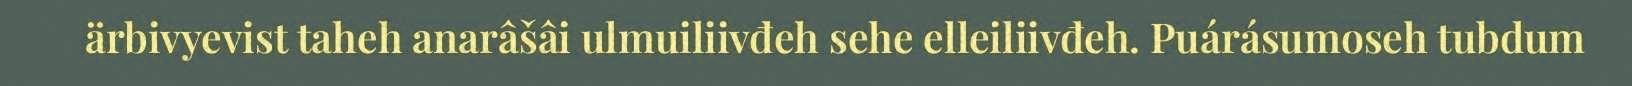
ärbivyevist taheh anarâšâi ulmuiliivđeh sehe elleiliivđeh. Puárásumoseh tubdum